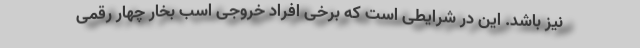
نیز باشد. این در شرایطی است که برخی افراد خروجی اسب بخار چهار رقمی